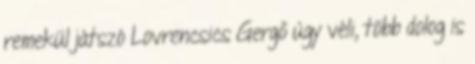
remekül játszó Lovrencsics Gergő úgy véli, több dolog is